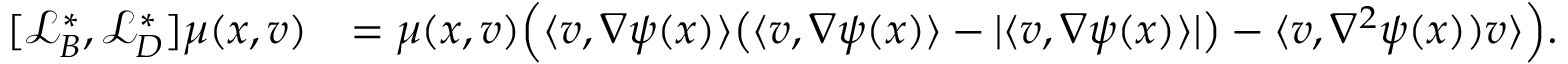
\begin{array} { r l } { [ \mathcal { L } _ { B } ^ { * } , \mathcal { L } _ { D } ^ { * } ] \mu ( x , v ) } & { = \mu ( x , v ) \Big ( \langle v , \nabla \psi ( x ) \rangle \big ( \langle v , \nabla \psi ( x ) \rangle - \lvert \langle v , \nabla \psi ( x ) \rangle \rvert \big ) - \langle v , \nabla ^ { 2 } \psi ( x ) ) v \rangle \Big ) . } \end{array}